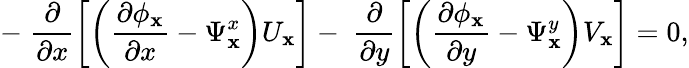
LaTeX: -\; \frac{\partial}{\partial x}\left[\left(\frac{\partial\phi_{\mathbf{x}}}{\partial x}-\Psi_{\mathbf{x}}^{x}\right)U_{\mathbf{x}}\right]-\; \frac{\partial}{\partial y}\left[\left(\frac{\partial\phi_{\mathbf{x}}}{\partial y}-\Psi_{\mathbf{x}}^{y}\right)V_{\mathbf{x}}\right]=0,